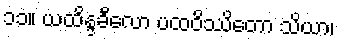
၁၁။ ယထိန္ဒခီလော ပထဝိဿိတော သိယာ၊